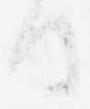
日